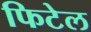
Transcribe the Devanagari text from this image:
फिटेल